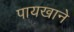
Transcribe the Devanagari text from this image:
पायखाने